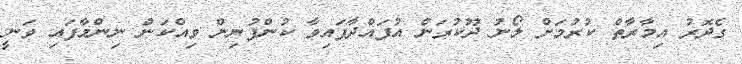
ގެދޮރު އިމާރާތް ކުރުމަށް ލޯނު ދޫކުރަން އުފައްދާފައިވާ ކުންފުނިން ވިއްކަން ނިންމާފައި ވަނީ